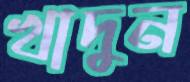
খাদুন